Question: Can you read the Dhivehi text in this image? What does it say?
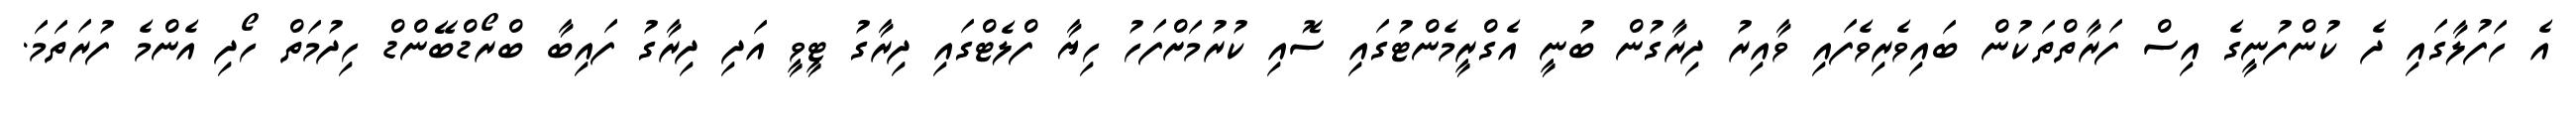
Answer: އެ ހަފުލާގައި ދެ ކުންފުނީގެ އިސް ފަރާތްތަކުން ބައިވެރިވެފައި ވާއިރު ދިރާގުން ބުނީ އެގްރީމެންޓުގައި ސޮއި ކުރުމަށްފަހު ހިޔާ ފްލެޓްގައި ދިރާގު ޓީވީ އަދި ދިރާގު ފައިބާ ބްރޯޑްބޭންޑް ހިދުމަތް ހޯދި އެންމެ ފުރަތަމަ.